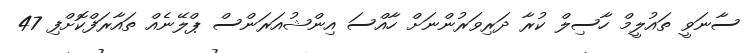
ސާނަވީ ތައުލީމް ހާސިލް ކުރާ ދަރިވަރުންނަށް ހާއްސަ އިންޝުއަރަންސް ޕްލޭނެއް ތައާރަފްކޮށްފި 47